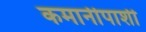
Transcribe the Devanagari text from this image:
कमानीपाशी